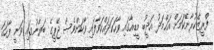
ފްރީޒްކުރާނޭކަމަށް އަޙްމަދު އަދީބު މީޑިއާގައި ވާހަކަދައްކަވާފައި ވާކަންވެސް ޖޭޕީގެ ބަޔާނުގައި ވަނީ ފާހަގަ